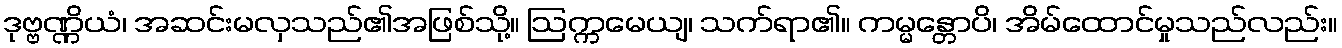
ဒုဗ္ဗဏ္ဏိယံ၊ အဆင်းမလှသည်၏အဖြစ်သို့။ ဩက္ကမေယျ၊ သက်ရာ၏။ ကမ္မန္တောပိ၊ အိမ်ထောင်မှုသည်လည်း။